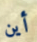
أين